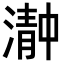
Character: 𬈴